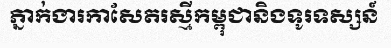
ភ្នាក់ងារកាសែតរស្មីកម្ពុជានិងទូរទស្សន៍